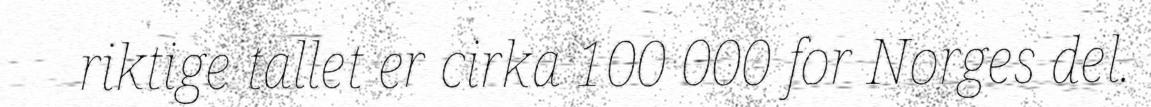
riktige tallet er cirka 100 000 for Norges del.